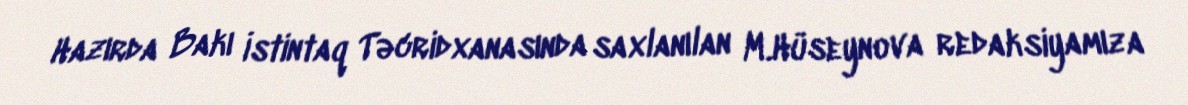
Hazırda Bakı İstintaq Təcridxanasında saxlanılan M.Hüseynova redaksiyamıza